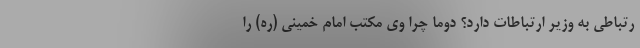
رتباطی به وزیر ارتباطات دارد؟ دوما چرا وی مکتب امام خمینی (ره) را